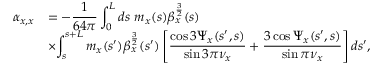
\begin{array} { c l } { \displaystyle \alpha _ { x , x } } & { = \displaystyle - \frac { 1 } { 6 4 \pi } \int _ { 0 } ^ { L } { d s \ m _ { x } ( s ) \beta _ { x } ^ { \frac { 3 } { 2 } } ( s ) } } \\ & { \displaystyle \times { \int _ { s } ^ { s + L } m _ { x } ( s ^ { \prime } ) \beta _ { x } ^ { \frac { 3 } { 2 } } ( s ^ { \prime } ) \left[ \frac { \cos { 3 \Psi _ { x } ( s ^ { \prime } , s ) } } { \sin { 3 \pi \nu _ { x } } } + \frac { 3 \cos { \Psi _ { x } ( s ^ { \prime } , s ) } } { \sin { \pi \nu _ { x } } } \right] d s ^ { \prime } } , } \end{array}